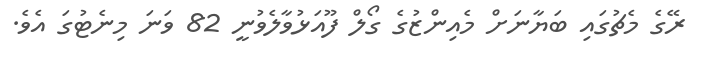
ރޭގެ މެޗުގައި ބަޔާނަށް މެއިންޒުގެ ގޯލް ފޫއަޅުވާލެވުނީ 82 ވަނަ މިނެޓުގަ އެވެ.